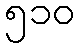
၅၁၀